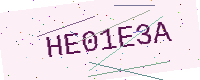
Text: HE01E3A